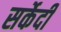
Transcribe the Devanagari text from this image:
सर्केदी